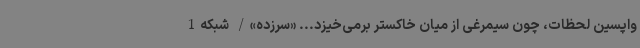
واپسین لحظات، چون سیمرغی از میان خاکستر برمی‌خیزد... «سرزده»/ شبکه1